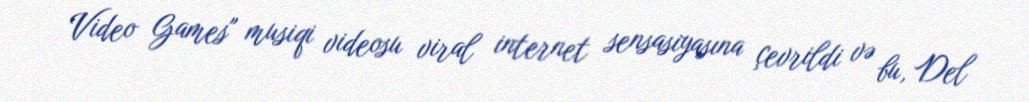
Video Games" musiqi videosu viral internet sensasiyasına çevrildi və bu, Del